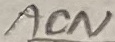
Text: ACN